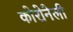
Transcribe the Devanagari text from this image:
कोरोनेली